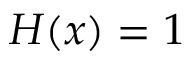
H ( x ) = 1